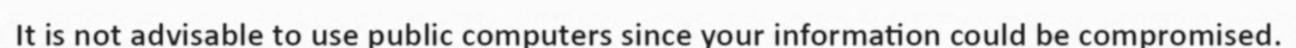
It is not advisable to use public computers since your information could be compromised.